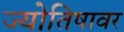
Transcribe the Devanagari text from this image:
ज्योतिषावर